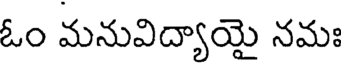
ఓం మనువిద్యాయై నమః